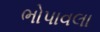
ભોપાવલા